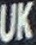
UK